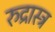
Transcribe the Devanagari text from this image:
रुद्रास्त्र